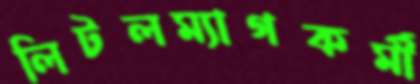
লিটলম্যাগকর্মী